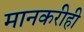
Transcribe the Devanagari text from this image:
मानकरीही